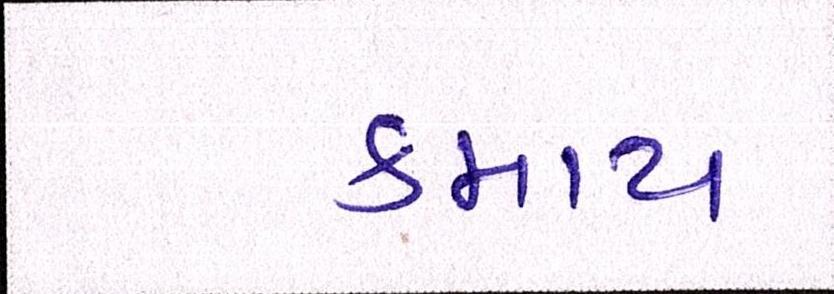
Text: કમાય